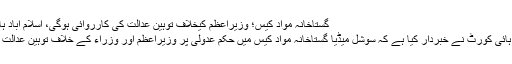
گستاخانہ مواد کیس؛ وزیراعظم کیخلاف توہین عدالت کی کارروائی ہوگی، اسلام آباد ہائیکورٹ – Awaz News
اسلام آباد(مانیٹرنگ ڈیسک) ہائی کورٹ نے خبردار کیا ہے کہ سوشل میڈیا گستاخانہ مواد کیس میں حکم عدولی پر وزیراعظم اور وزراء کے خلاف توہین عدالت کی کارروائی کی جائے گی۔